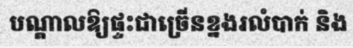
បណ្តាលឱ្យផ្ទះជាច្រើនខ្នងរលំបាក់ និង